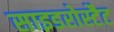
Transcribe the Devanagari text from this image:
साइडरोस्टैट